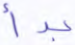
بدأ